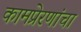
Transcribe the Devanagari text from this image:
कामप्रेरणांचा